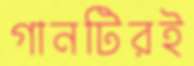
গানটিরই